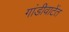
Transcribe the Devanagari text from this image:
गांडीवाटेंत